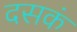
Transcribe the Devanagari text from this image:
दसकं